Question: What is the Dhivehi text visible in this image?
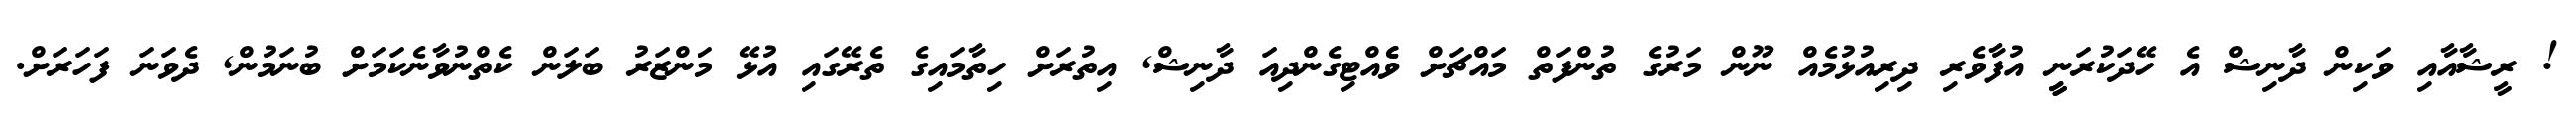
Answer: ! ރީޝާއާއި ވަކިން ދާނިޝް އެ ހޭދަކުރަނީީ އުފާވެރި ދިރިއުޅުމެއް ނޫން މަރުގެ ތުންފަތް މައްޗަށް ވެެއްޓިގެންދިއަ ދާނިޝް, އިތުރަށް ހިތާމައިގެ ތެރޭގައި އުޅޭ މަންޒަރު ބަލަން ކެތްނުވާނެކަމަށް ބުނަމުން, ދެވަނަ ފަހަރަށް.